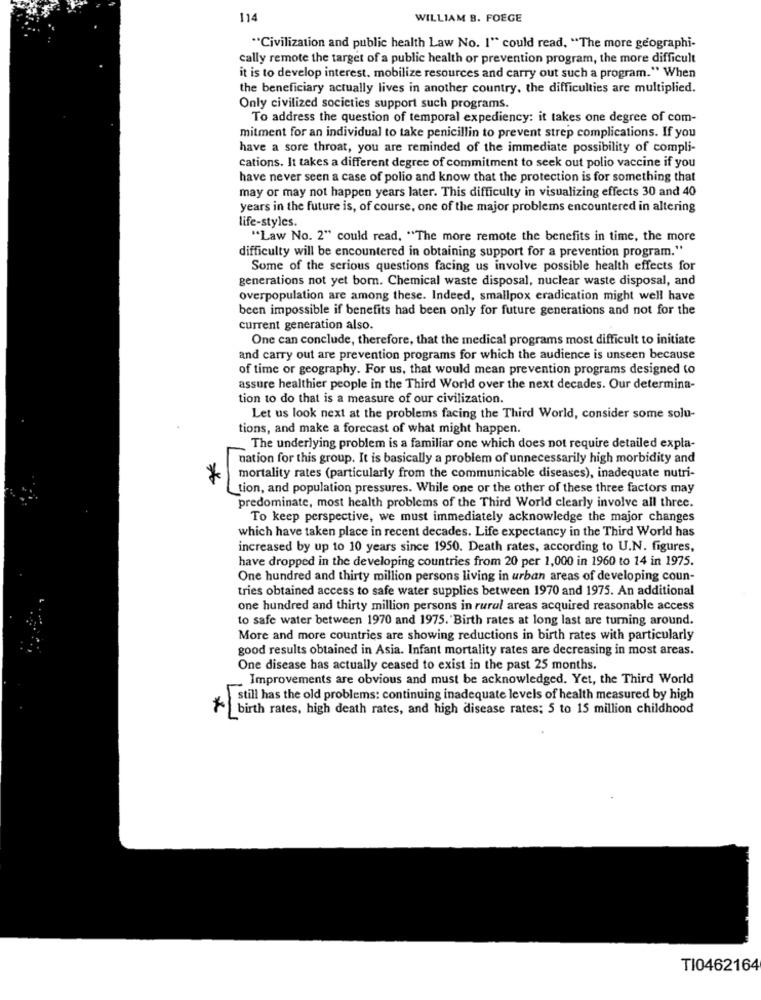
114
WILLIAM B. FOEGE
"Civilization and public health Law No. 1" could read. "The more geographi-
cally remote the target of a public health or prevention program, the more difficult
it is to develop interest. mobilize resources and carry out such a program." When
the beneficiary actually lives in another country, the difficulties are multiplied.
Only civilized societies support such programs.
To address the question of temporal expediency: it takes one degree of com-
mitment for an individual to take penicillin to prevent strep complications. If you
have a sore throat, you are reminded of the immediate possibility of compli-
cations. It takes a different degree of commitment to seek out polio vaccine if you
have never seen a case of polio and know that the protection is for something that
may or may not happen years later. This difficulty in visualizing effects 30 and 40
years in the future is, of course, one of the major problems encountered in altering
life-styles.
"Law No. 2" could read, "The more remote the benefits in time, the more
difficulty will be encountered in obtaining support for a prevention program."
Some of the serious questions facing us involve possible health effects for
generations not yet bom. Chemical waste disposal, nuclear waste disposal, and
overpopulation are among these. Indeed, smallpox eradication might well have
been impossible if benefits had been only for future generations and not for the
current generation also.
One can conclude, therefore, that the medical programs most difficult to initiate
and carry out are prevention programs for which the audience is unseen because
of time or geography. For us, that would mean prevention programs designed to
assure healthier people in the Third World over the next decades. Our determina-
tion to do that is a measure of our civilization.
Let us look next at the problems facing the Third World, consider some solu-
tions, and make a forecast of what might happen.
The underlying problem is a familiar one which does not require detailed expla-
nation for this group. It is basically a problem of unnecessarily high morbidity and
*
mortality rates (particularly from the communicable diseases), inadequate nutri-
tion, and population pressures. While one or the other of these three factors may
predominate, most health problems of the Third World clearly involve all three.
To keep perspective, we must immediately acknowledge the major changes
which have taken place in recent decades. Life expectancy in the Third World has
increased by up to 10 years since 1950. Death rates, according to U.N. figures,
have dropped in the developing countries from 20 per 1,000 in 1960 to 14 in 1975.
One hundred and thirty million persons living in urban areas of developing coun-
tries obtained access to safe water supplies between 1970 and 1975. An additional
one hundred and thirty million persons in rural areas acquired reasonable access
to safe water between 1970 and 1975. Birth rates at long last are turning around.
More and more countries are showing reductions in birth rates with particularly
good results obtained in Asia. Infant mortality rates are decreasing in most areas.
One disease has actually ceased to exist in the past 25 months.
Improvements are obvious and must be acknowledged. Yet, the Third World
still has the old problems: continuing inadequate levels of health measured by high
birth rates, high death rates, and high disease rates; 5 to 15 million childhood
TI0462164